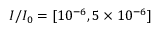
I / I _ { 0 } = [ 1 0 ^ { - 6 } , 5 \times 1 0 ^ { - 6 } ]